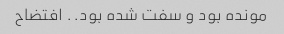
مونده بود و سفت شده بود.. افتضاح